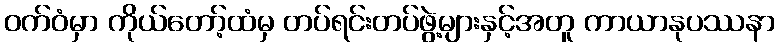
ဝက်ဝံမှာ ကိုယ်တော့်ထံမှ တပ်ရင်းတပ်ဖွဲ့များနှင့်အတူ ကာယာနုပဿနာ